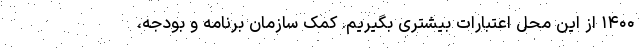
۱۴۰۰ از این محل اعتبارات بیشتری بگیریم. کمک سازمان برنامه و بودجه،